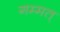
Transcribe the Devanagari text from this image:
गम्मत्